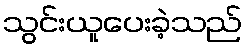
သွင်းယူပေးခဲ့သည်